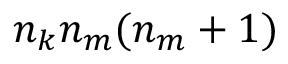
n _ { k } n _ { m } ( n _ { m } + 1 )